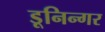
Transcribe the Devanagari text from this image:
डूनिन्गर